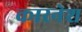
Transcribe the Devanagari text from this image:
कारनेश